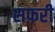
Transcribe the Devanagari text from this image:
सफ़री